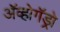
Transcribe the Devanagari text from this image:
अॅव्होगॅड्रो